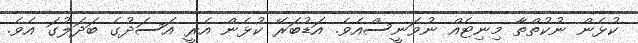
ކުޅެން ނުކުތްތާ މިނިޓެއް ނުވަނީސްއެވެ. އަޑުބަރޭ ކުޅެން އެރީ އަސަދުގެ ބަދަލުގަ އެވެ.